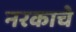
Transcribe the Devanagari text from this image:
नरकाचे